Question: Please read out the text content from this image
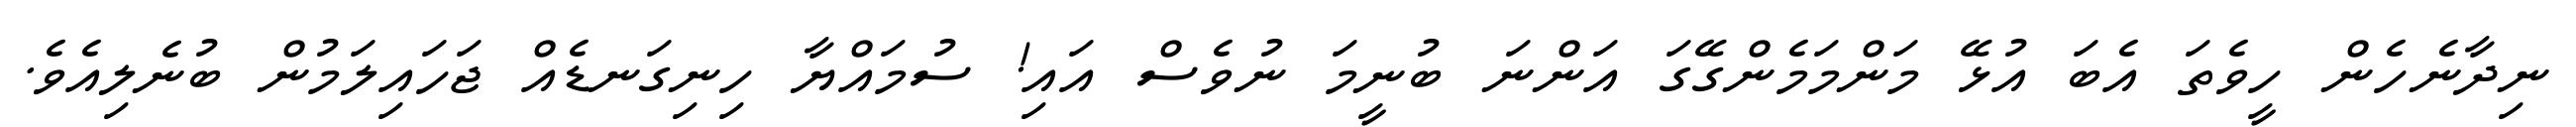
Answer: ނިދާނެހެން ހީވެތަ އެބަ އުޅޭ މަންމަމެންގޭގަ އަންނަ ބުނީމަ ނުވެސް އައި! ސުމައްޔާ ހިނިގަނޑެއް ޖަހައިލަމުން ބުނެލިއެވެ.